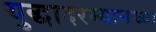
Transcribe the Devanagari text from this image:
युद्धादरम्यानच्या